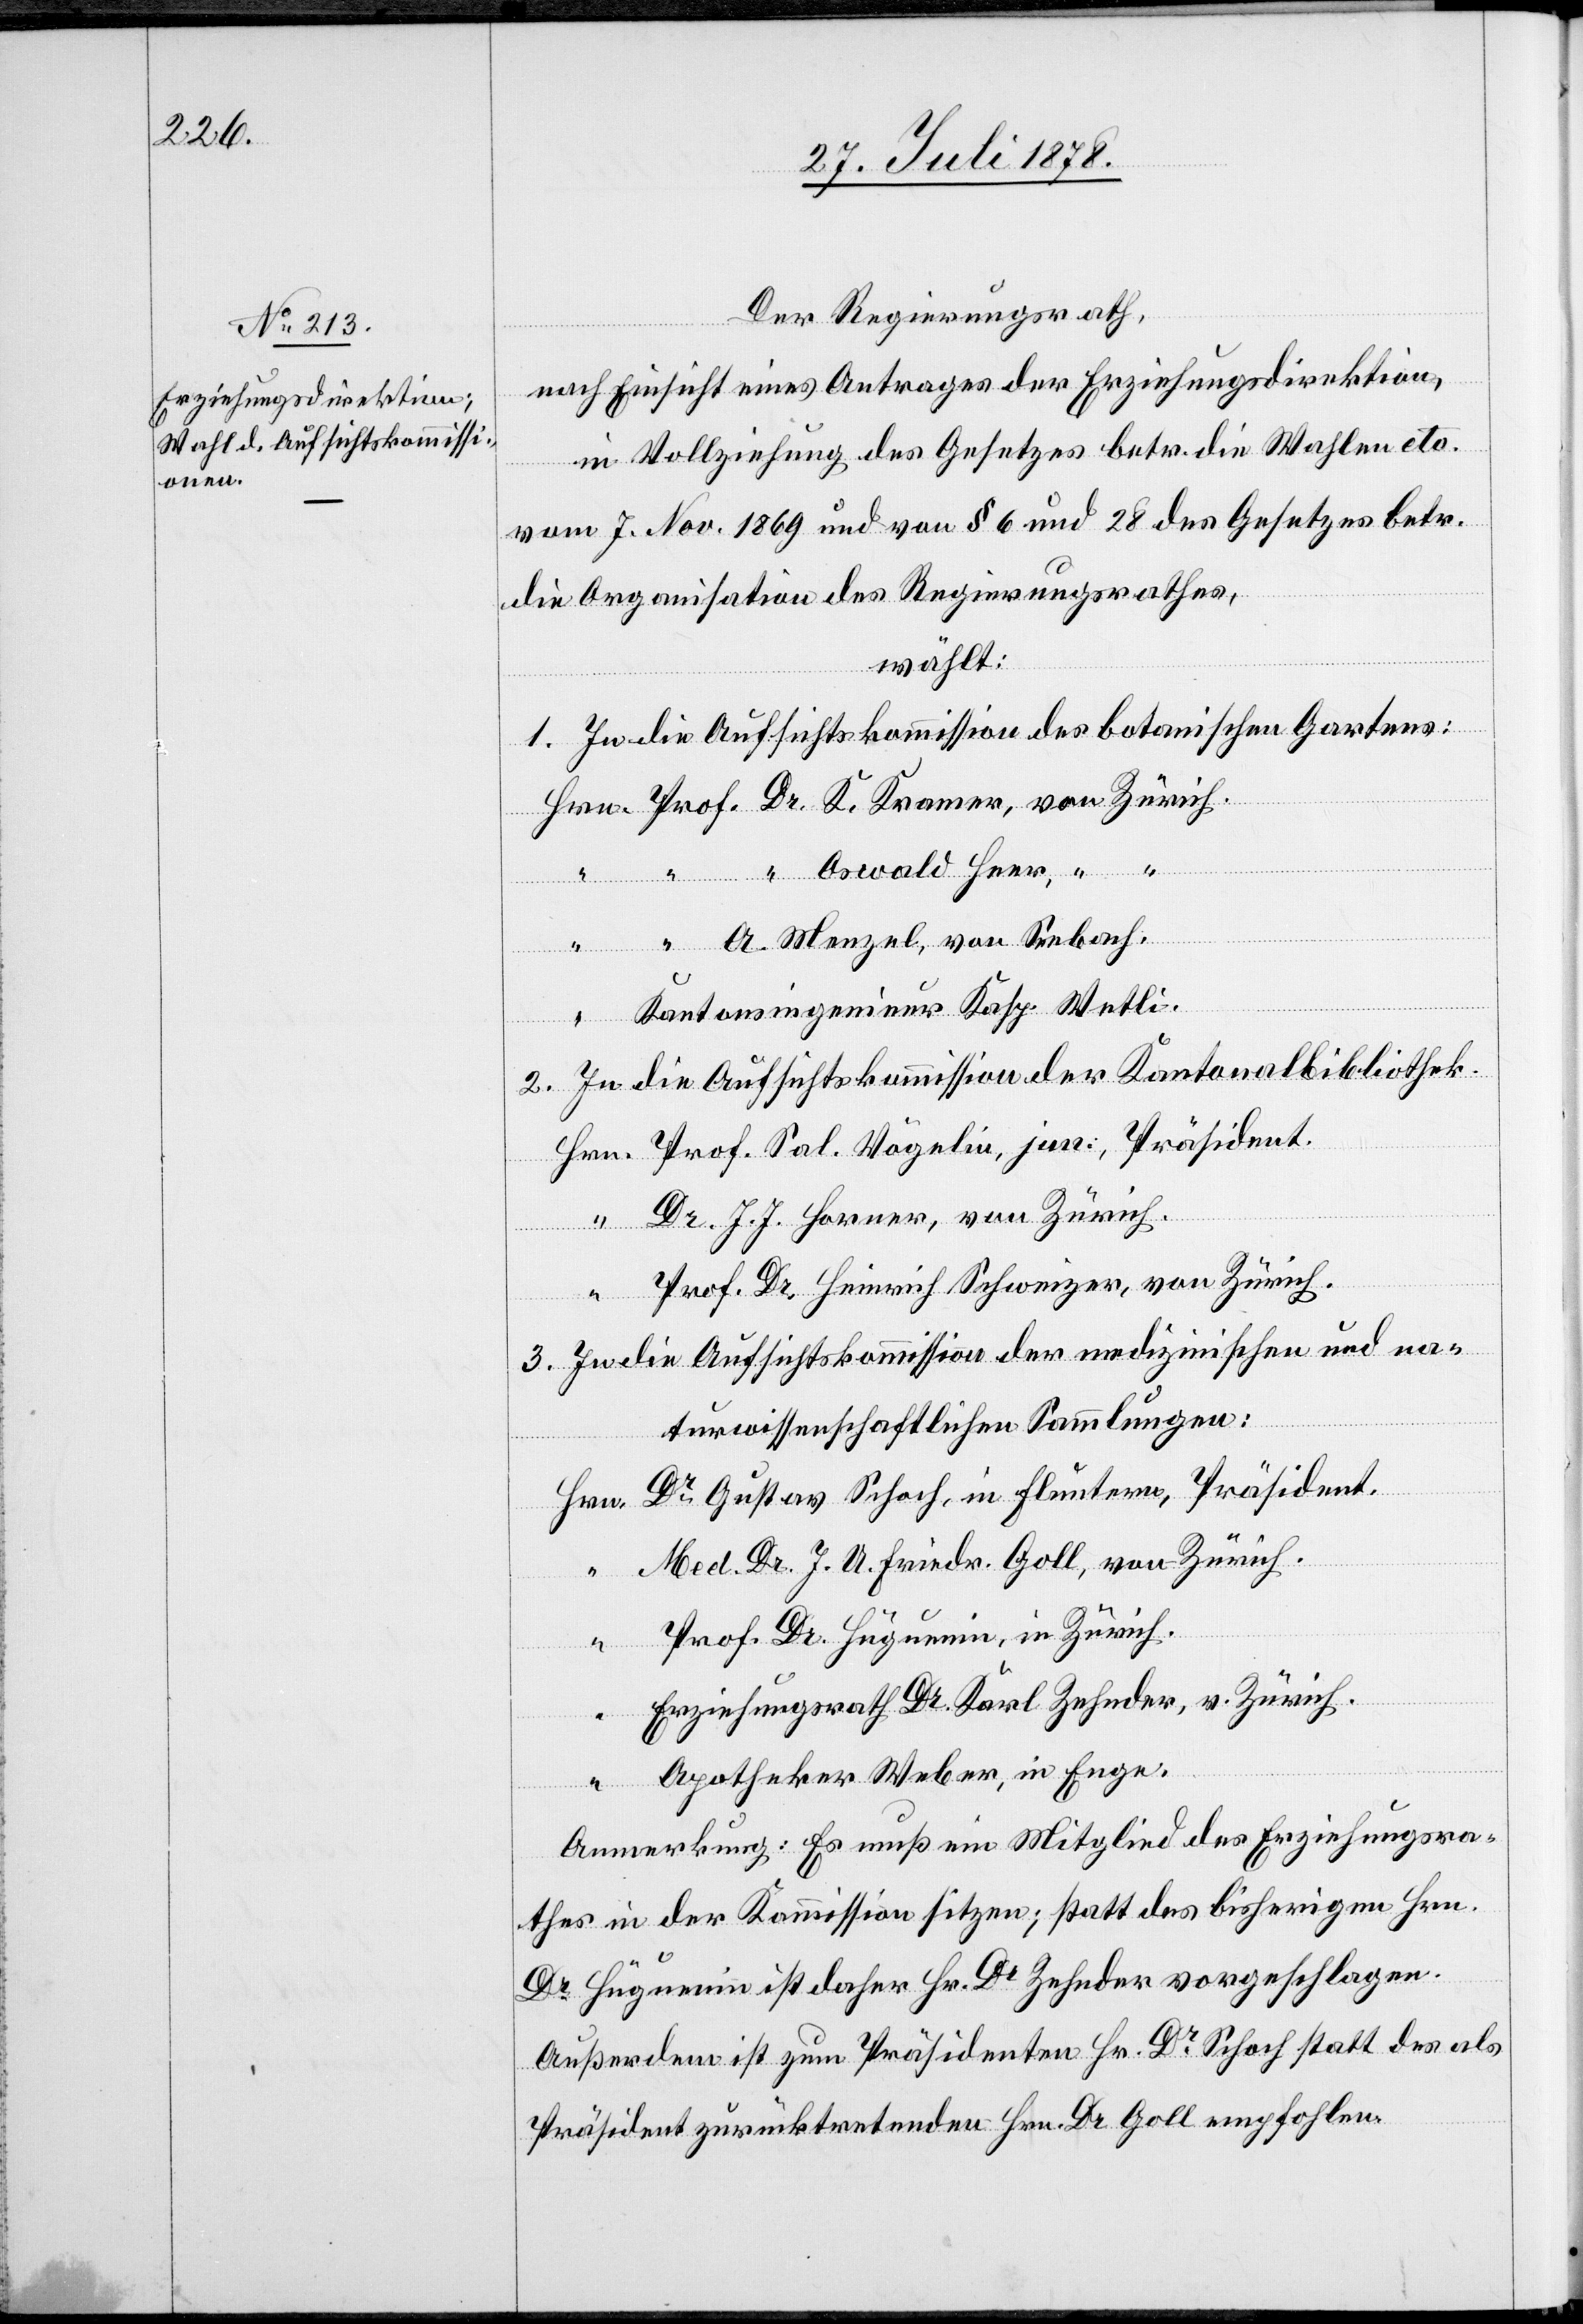
Der Regierungsrath,
nach Einsicht eines Antrages der Erziehungsdirektion,
in Vollziehung des Gesetzes betr. die Wahlen etc.
vom 7. Nov. 1869 und von § 6 und 28 des Gesetzes betr.
die Organisation des Regierungsrathes,
wählt:
1. In die Aufsichtskommission des botanischen Gartens:
Hrn. Prof. Dr. K. Kramer, von Zürich.
“ “ “ Oswald Heer, “
“ “ A. Menzel, von Seebach,
“ Kantonsingenieur Kasp. Wetli.
2. In die Aufsichtskommission der Kantonalbibliothek.
Hrn. Prof. Sal. Vögelin, jur., Präsident.
Dr. J. J. Horner, von Zürich.
“
Prof. Dr. Heinrich Schweizer, von Zürich.
3. In die Aufsichtskommission der medizinischen und na¬
turwissenschaftlichen Sammlungen:
Hrn. Dr Gustav Schoch, in Fluntern, Präsident.
“ Med. Dr. J. A. Friedr. Goll, von Zürich.
“ Prof. Dr. Hüguenin, in Zürich.
Erziehungsrath Dr. Karl Zehnder, v. Zürich.
“ Apotheker Weber, in Enge.
Anmerkung: Es muß ein Mitglied des Erziehungsra¬
thes in der Kommission sitzen; statt des bisherigen Hrn.
Dr Hüguenin ist daher Hr. Dr Zehnder vorgeschlagen.
Außerdem ist zum Präsidenten Hr. Dr Schoch statt des als
Präsident zurücktretenden Hrn. Dr. Goll empfohlen.